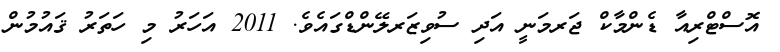
އޮސްޓްރިއާ ޑެންމާކް ޖަރމަނީ އަދި ސުވިޒަރލޭންޑްގައެވެ. 2011 އަހަރު މި ހަތަރު ޤައުމުން